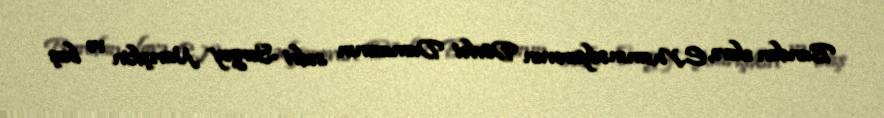
Bundan əlavə, E.Məmmədyarovun Dövlət Dumasının sədri Sergey Narışkin və baş